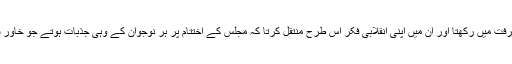
مجمع کو اپنی گرفت میں رکھتا اور ان میں اپنی انقلابی فکر اس طرح منتقل کرتا کہ مجلس کے اختتام پر ہر نوجوان کے وہی جذبات ہوتے جو خاور شہید کے ہوتے۔